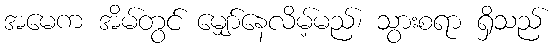
အမေက အိမ်တွင် မျှော်နေလိမ့်မည်၊ သွားစရာ ရှိသည်